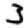
Digit: 3